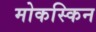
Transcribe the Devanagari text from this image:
मोकस्किन